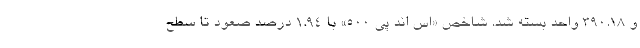
و ۳۹۰.۱۸ واحد بسته شد. شاخص «اس اند پی ۵۰۰» با ۱.۹۴ درصد صعود تا سطح